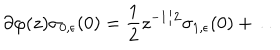
\partial \varphi ( z ) \sigma _ { 0 , \epsilon } ( 0 ) = \frac { 1 } { 2 } z ^ { - 1 / 2 } \sigma _ { 1 , \epsilon } ( 0 ) + \ldots